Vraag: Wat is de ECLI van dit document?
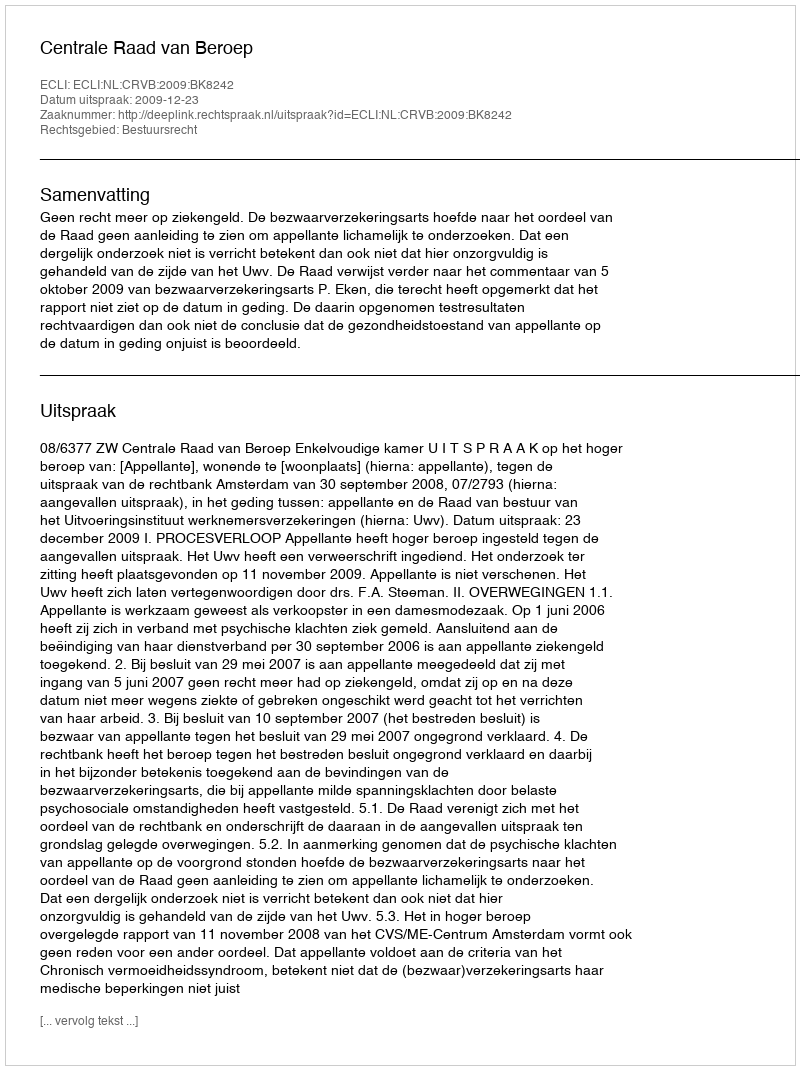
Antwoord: ECLI:NL:CRVB:2009:BK8242